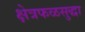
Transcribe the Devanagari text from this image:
क्षेत्रफळसुद्धा